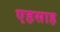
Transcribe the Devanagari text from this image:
एहसाह